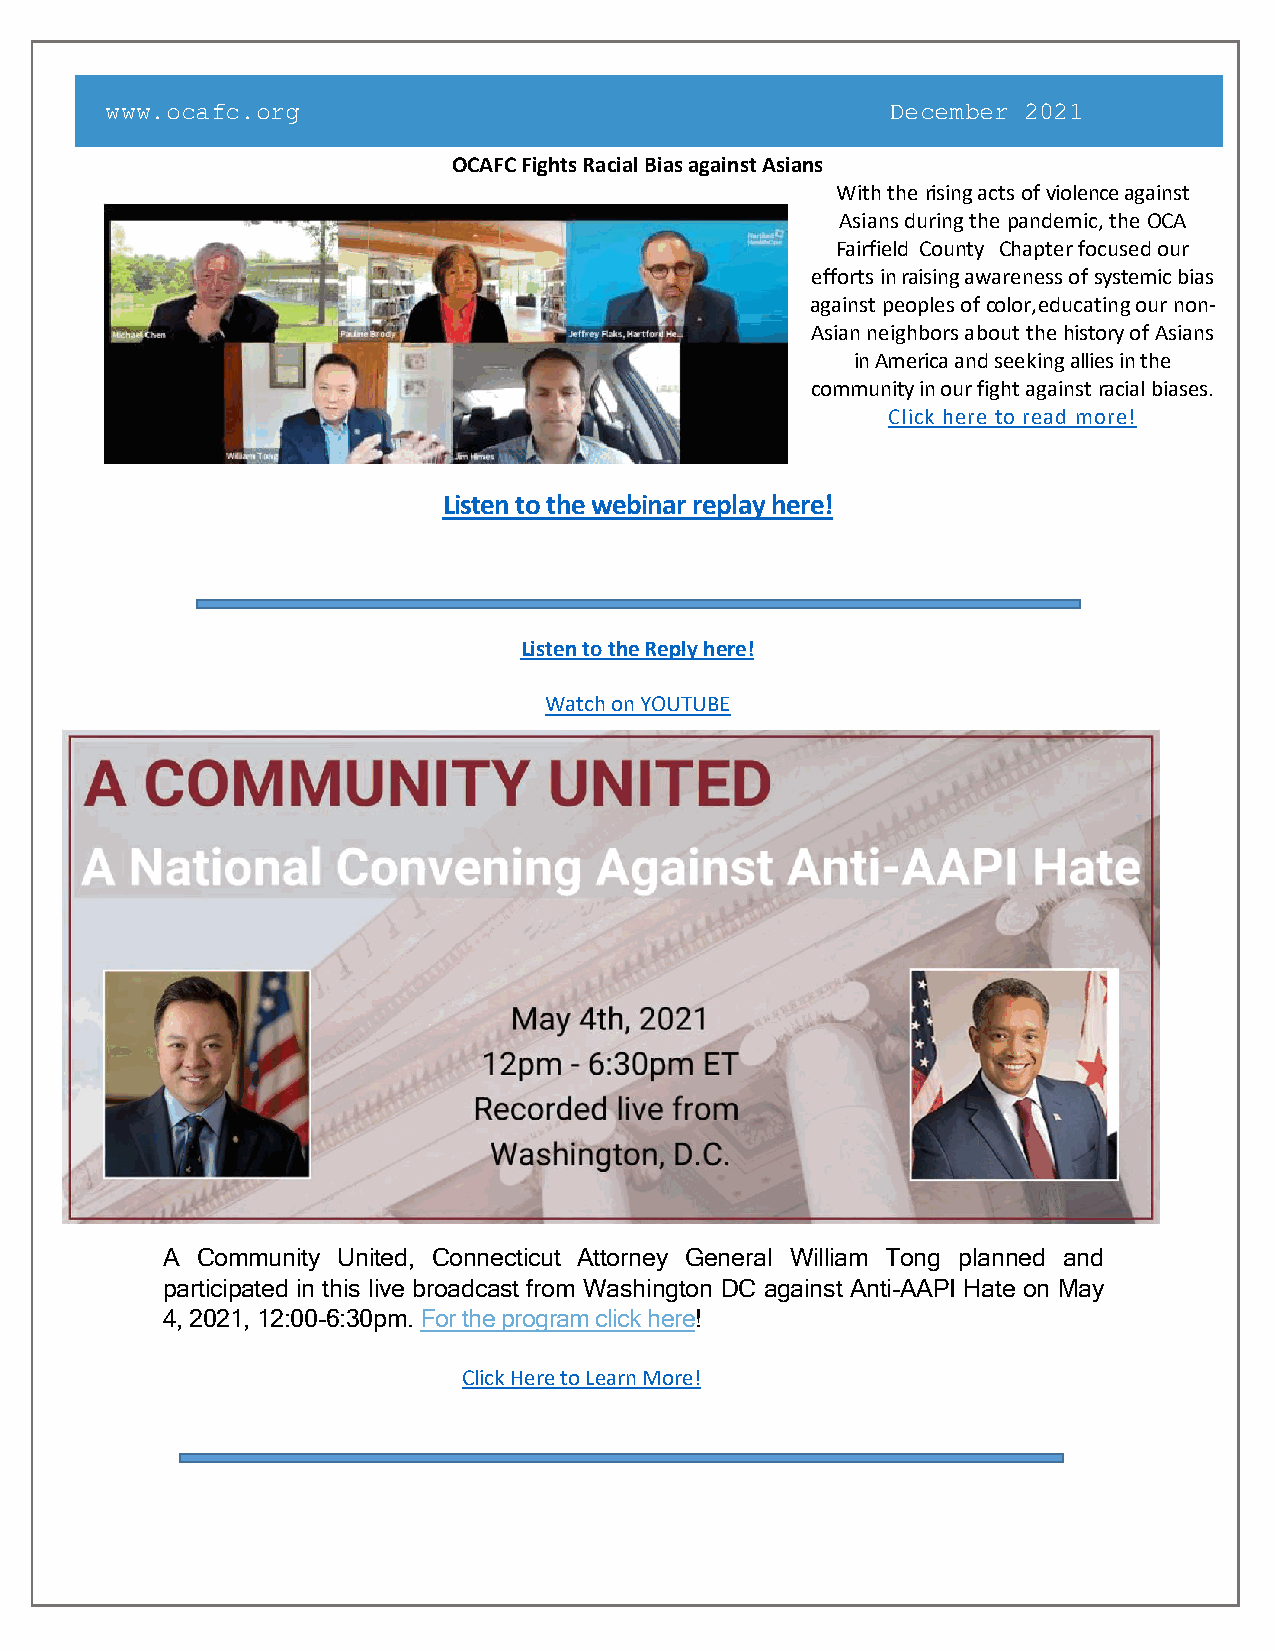
www.ocafc.org                                       December 2021
 OCAFC Fights Racial Bias against Asians
 With the rising acts of violence against
 Asians during the pandemic, the OCA
 Fairfield County Chapter focused our
 efforts in raising awareness of systemic bias
 against peoples of color, educating our non-
 Asian neighbors about the history of Asians
 in America and seeking allies in the
 community in our fight against racial biases.
 Click here to read more!
 Listen to the webinar replay here!
 Listen to the Reply here!
 Watch on YOUTUBE
 A Community United, Connecticut Attorney General William Tong planned and
 participated in this live broadcast from Washington DC against Anti-AAPI Hate on May
 4, 2021, 12:00-6:30pm. For the program click here!
 Click Here to Learn More!